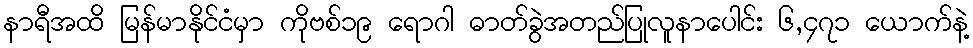
နာရီအထိ မြန်မာနိုင်ငံမှာ ကိုဗစ်၁၉ ရောဂါ ဓာတ်ခွဲအတည်ပြုလူနာပေါင်း ၆,၄၇၁ ယောက်နဲ့